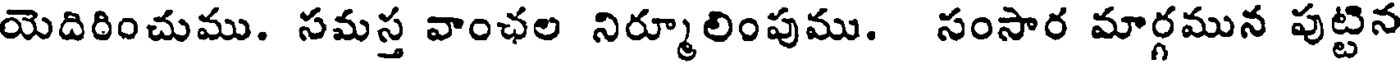
యెదిరించుము. సమస్త వాంఛల నిర్మూలింపుము. సంసార మార్గమున పుట్టిన